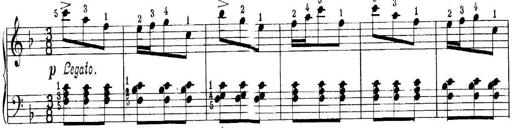
Title: Quatres sonatines
Composer: Tadeusz Joteyko